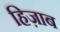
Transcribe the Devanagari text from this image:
हिज़ाब